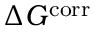
\Delta G ^ { \mathrm { c o r r } }